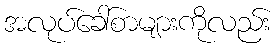
အလုပ်ခေါ်စာများကိုလည်း